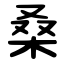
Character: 桑